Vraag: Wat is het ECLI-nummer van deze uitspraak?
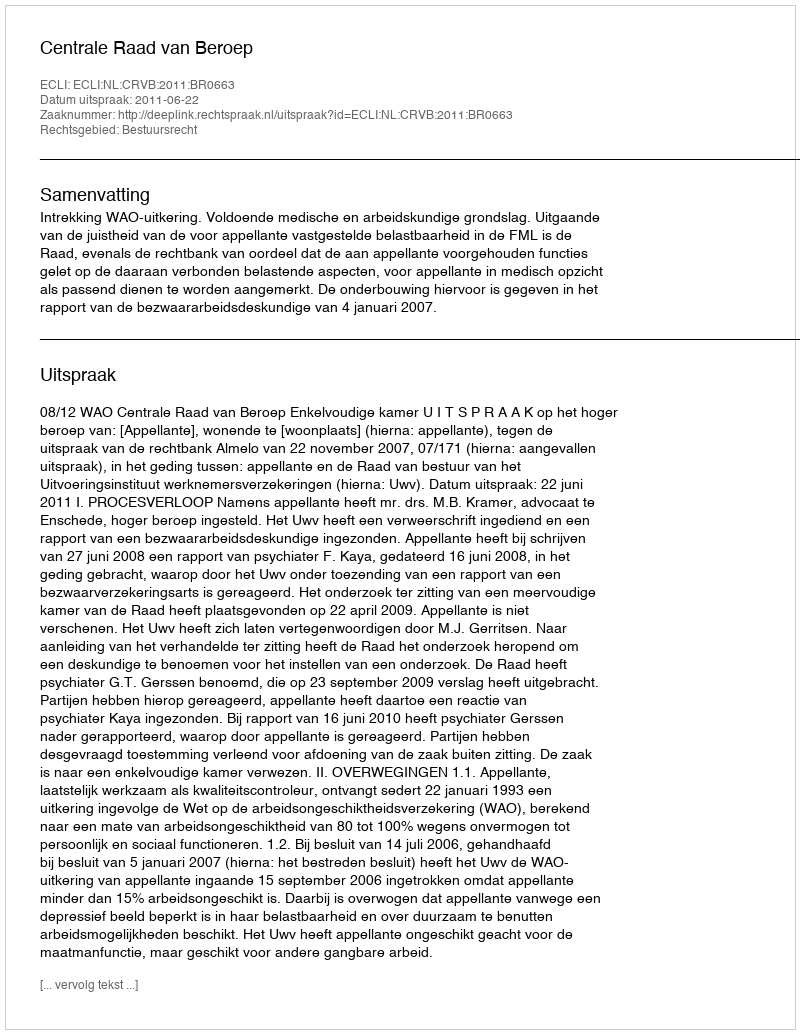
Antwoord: ECLI:NL:CRVB:2011:BR0663